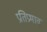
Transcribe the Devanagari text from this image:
प्रतिप्रभाव